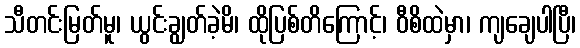
သီတင်းမြတ်မူ၊ ယွင်းချွတ်ခဲ့မိ၊ ထိုပြစ်တိကြောင့်၊ ဝီစိထဲမှာ၊ ကျချေပါပြီ၊